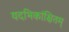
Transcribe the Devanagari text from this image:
यदभिकांक्षितम्